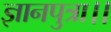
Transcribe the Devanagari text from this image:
ज्ञानपुत्रा।।